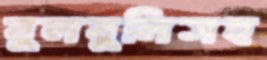
বুলবুলিসহ